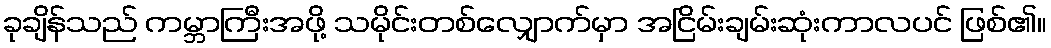
ခုချိန်သည် ကမ္ဘာကြီးအဖို့ သမိုင်းတစ်လျှောက်မှာ အငြိမ်းချမ်းဆုံးကာလပင် ဖြစ်၏။